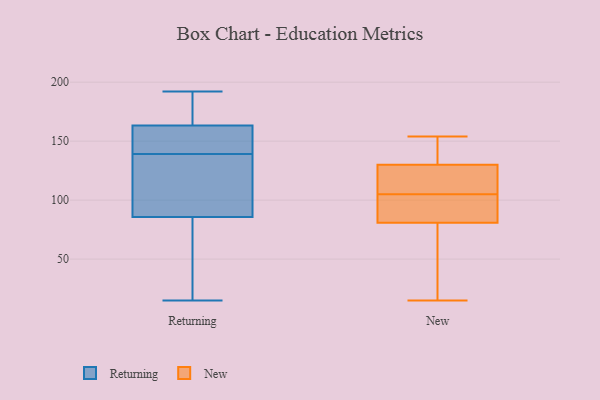
{"axis": {"x": "Page Views", "y": "Value"}, "legend": ["New", "Returning"], "data": [{"x": "", "y": 192, "type": "Returning"}, {"x": "", "y": 145, "type": "Returning"}, {"x": "", "y": 145, "type": "Returning"}, {"x": "", "y": 190, "type": "Returning"}, {"x": "", "y": 139, "type": "Returning"}, {"x": "", "y": 115, "type": "Returning"}, {"x": "", "y": 65, "type": "Returning"}, {"x": "", "y": 15, "type": "Returning"}, {"x": "", "y": 154, "type": "Returning"}, {"x": "", "y": 128, "type": "Returning"}, {"x": "", "y": 111, "type": "Returning"}, {"x": "", "y": 70, "type": "Returning"}, {"x": "", "y": 170, "type": "Returning"}, {"x": "", "y": 67, "type": "Returning"}, {"x": "", "y": 161, "type": "Returning"}, {"x": "", "y": 91, "type": "Returning"}, {"x": "", "y": 190, "type": "Returning"}, {"x": "", "y": 133, "type": "New"}, {"x": "", "y": 140, "type": "New"}, {"x": "", "y": 71, "type": "New"}, {"x": "", "y": 84, "type": "New"}, {"x": "", "y": 113, "type": "New"}, {"x": "", "y": 42, "type": "New"}, {"x": "", "y": 154, "type": "New"}, {"x": "", "y": 129, "type": "New"}, {"x": "", "y": 96, "type": "New"}, {"x": "", "y": 15, "type": "New"}, {"x": "", "y": 105, "type": "New"}, {"x": "", "y": 91, "type": "New"}, {"x": "", "y": 110, "type": "New"}]}